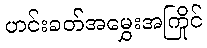
ဟင်းခတ်အမွှေးအကြိုင်